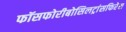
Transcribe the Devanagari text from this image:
फॉसफोरीबोसिलट्रांसफिरेस